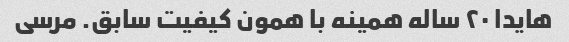
هایدا ۲۰ ساله همینه با همون کیفیت سابق. مرسی